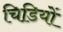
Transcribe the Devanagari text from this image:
चिडि़यों